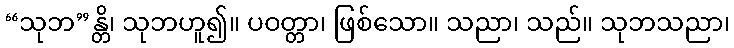
“သုဘ”န္တိ၊ သုဘဟူ၍။ ပဝတ္တာ၊ ဖြစ်သော။ သညာ၊ သည်။ သုဘသညာ၊